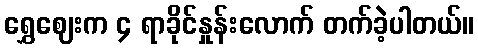
ရွှေဈေးက ၄ ရာခိုင်နှုန်းလောက် တက်ခဲ့ပါတယ်။